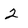
Character: 2